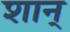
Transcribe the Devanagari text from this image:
शान्